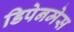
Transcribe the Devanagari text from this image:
डिपेनमेस